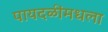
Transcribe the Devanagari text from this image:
पायदळींमधला